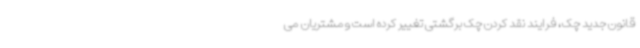
قانون جدید چک، فرایند نقد کردن چک برگشتی تغییر کرده است ومشتریان می